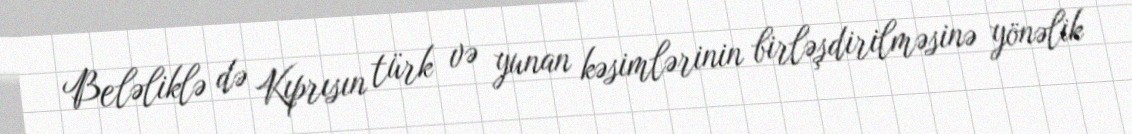
Beləliklə də Kıprısın türk və yunan kəsimlərinin birləşdirilməsinə yönəlik